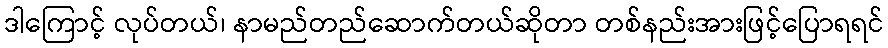
ဒါကြောင့် လုပ်တယ်၊ နာမည်တည်ဆောက်တယ်ဆိုတာ တစ်နည်းအားဖြင့်ပြောရရင်